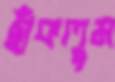
ছাঁকলুম